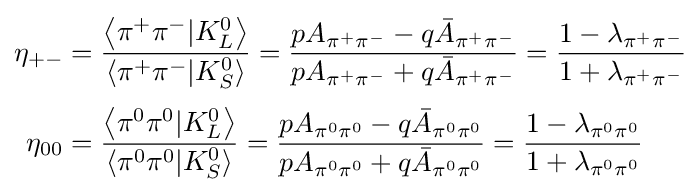
{\begin{aligned}\eta _{+-}&={\frac {\left\langle \pi ^{+}\pi ^{-}|K_{L}^{0}\right\rangle }{\left\langle \pi ^{+}\pi ^{-}|K_{S}^{0}\right\rangle }}={\frac {pA_{\pi ^{+}\pi ^{-}}-q{\bar {A}}_{\pi ^{+}\pi ^{-}}}{pA_{\pi ^{+}\pi ^{-}}+q{\bar {A}}_{\pi ^{+}\pi ^{-}}}}={\frac {1-\lambda _{\pi ^{+}\pi ^{-}}}{1+\lambda _{\pi ^{+}\pi ^{-}}}}\\[3pt]\eta _{00}&={\frac {\left\langle \pi ^{0}\pi ^{0}|K_{L}^{0}\right\rangle }{\left\langle \pi ^{0}\pi ^{0}|K_{S}^{0}\right\rangle }}={\frac {pA_{\pi ^{0}\pi ^{0}}-q{\bar {A}}_{\pi ^{0}\pi ^{0}}}{pA_{\pi ^{0}\pi ^{0}}+q{\bar {A}}_{\pi ^{0}\pi ^{0}}}}={\frac {1-\lambda _{\pi ^{0}\pi ^{0}}}{1+\lambda _{\pi ^{0}\pi ^{0}}}}\end{aligned}}